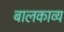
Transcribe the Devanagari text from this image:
बालकाव्य